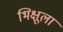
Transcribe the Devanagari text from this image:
भिक्षूला